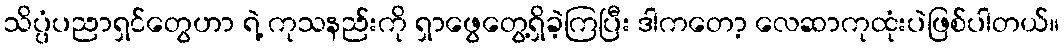
သိပ္ပံပညာရှင်တွေဟာ ရဲ့ ကုသနည်းကို ရှာဖွေတွေ့ရှိခဲ့ကြပြီး ဒါကတော့ လေဆာကုထုံးပဲဖြစ်ပါတယ်။